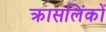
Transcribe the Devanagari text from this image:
क्रासलिंकों